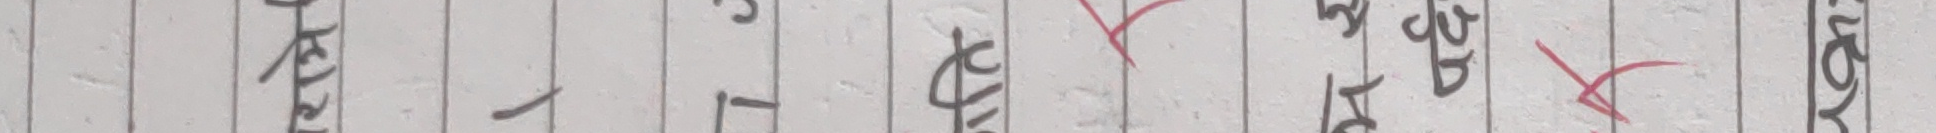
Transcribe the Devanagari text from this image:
नपर्ने ।